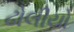
ઢોલીયો